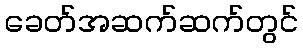
ခေတ်အဆက်ဆက်တွင်